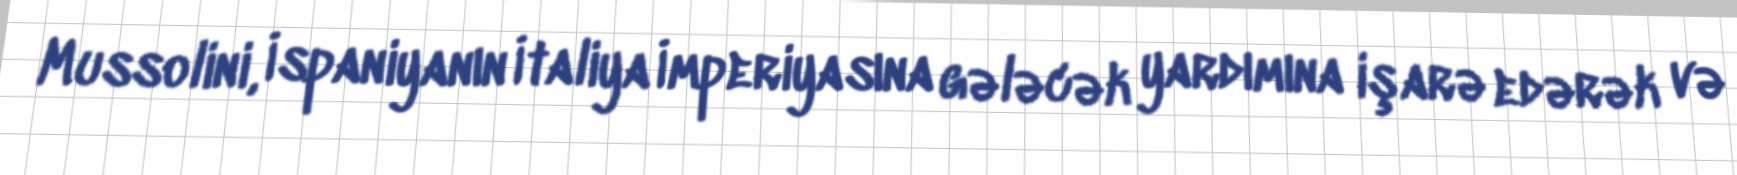
Mussolini, İspaniyanın İtaliya İmperiyasına gələcək yardımına işarə edərək və